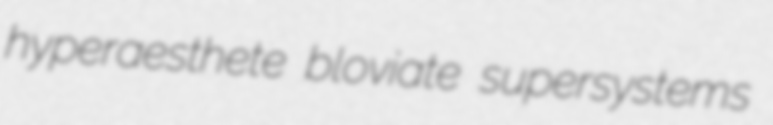
hyperaesthete bloviate supersystems